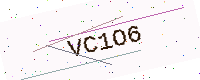
Text: VC1O6